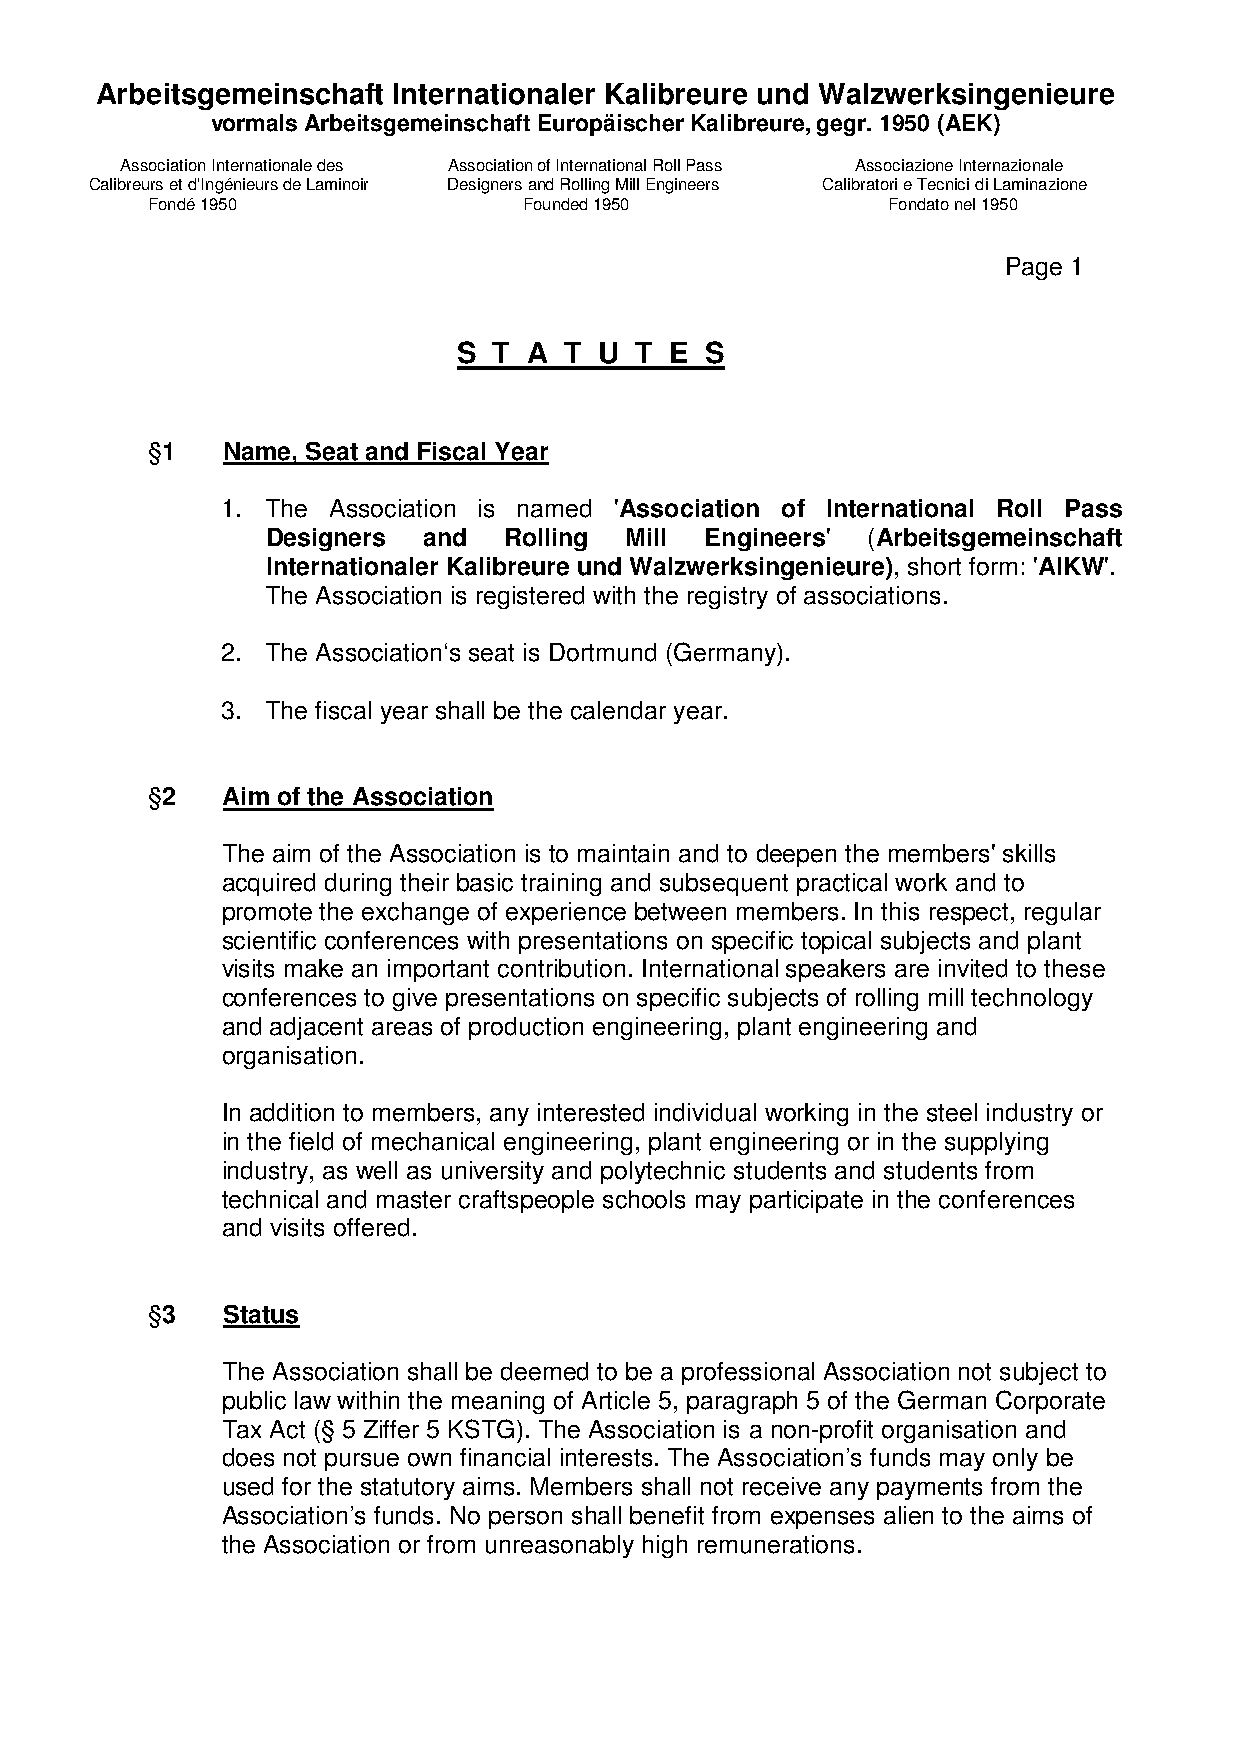
Arbeitsgemeinschaft Internationaler Kalibreure und Walzwerksingenieure
 vormals Arbeitsgemeinschaft Europäischer Kalibreure, gegr. 1950 (AEK)
 Association Internationale des Association of International Roll Pass Associazione Internazionale
 Calibreurs et d'Ingénieurs de Laminoir Designers and Rolling Mill Engineers Calibratori e Tecnici di Laminazione
 Fondé 1950               Founded 1950            Fondato nel 1950
 Page 1
 S  T A T  U T E  S
 §1   Name, Seat and Fiscal Year
 1. The Association is named 'Association of International Roll Pass
 Designers and  Rolling Mill  Engineers' (Arbeitsgemeinschaft
 Internationaler Kalibreure und Walzwerksingenieure), short form: 'AIKW'.
 The Association is registered with the registry of associations.
 2. The Association‘s seat is Dortmund (Germany).
 3. The fiscal year shall be the calendar year.
 §2   Aim of the Association
 The aim of the Association is to maintain and to deepen the members' skills
 acquired during their basic training and subsequent practical work and to
 promote the exchange of experience between members. In this respect, regular
 scientific conferences with presentations on specific topical subjects and plant
 visits make an important contribution. International speakers are invited to these
 conferences to give presentations on specific subjects of rolling mill technology
 and adjacent areas of production engineering, plant engineering and
 organisation.
 In addition to members, any interested individual working in the steel industry or
 in the field of mechanical engineering, plant engineering or in the supplying
 industry, as well as university and polytechnic students and students from
 technical and master craftspeople schools may participate in the conferences
 and visits offered.
 §3   Status
 The Association shall be deemed to be a professional Association not subject to
 public law within the meaning of Article 5, paragraph 5 of the German Corporate
 Tax Act (§ 5 Ziffer 5 KSTG). The Association is a non-profit organisation and
 does not pursue own financial interests. The Association’s funds may only be
 used for the statutory aims. Members shall not receive any payments from the
 Association’s funds. No person shall benefit from expenses alien to the aims of
 the Association or from unreasonably high remunerations.